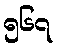
၅၆၇